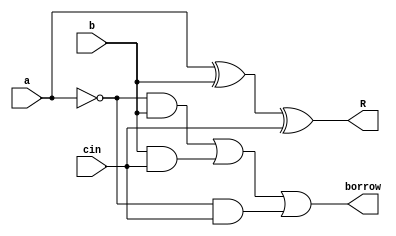
module full_sub(a, b, cin, R, borrow);

input a,b,cin;
output R,borrow;
wire d,e,f,s;
not(s,a);

xor(R,a,b,cin);
and(d,s,b);
and(e,b,cin);
and(f,s,cin);
or(borrow,d,e,f);

endmodule